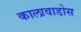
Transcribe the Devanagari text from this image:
कालावाडोस